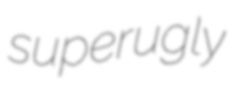
superugly